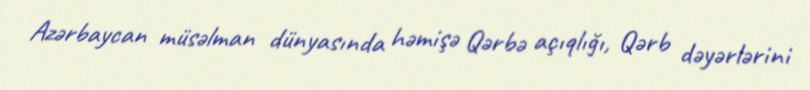
Azərbaycan müsəlman dünyasında həmişə Qərbə açıqlığı, Qərb dəyərlərini